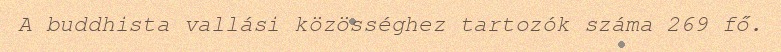
A buddhista vallási közösséghez tartozók száma 269 fő.